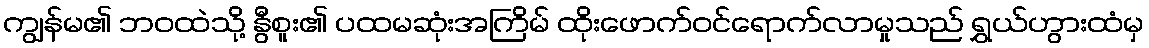
ကျွန်မ၏ ဘဝထဲသို့ နွီစူး၏ ပထမဆုံးအကြိမ် ထိုးဖောက်ဝင်ရောက်လာမှုသည် ရွှယ်ဟွားထံမှ